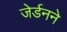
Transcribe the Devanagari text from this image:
जेर्डनने